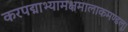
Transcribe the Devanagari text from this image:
करपद्माभ्यामक्षमालाकमण्डलू।